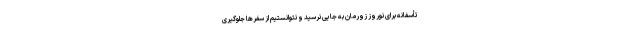
تأسفانه برای نوروز زورمان به جایی نرسید و نتوانستیم از سفرها جلوگیری